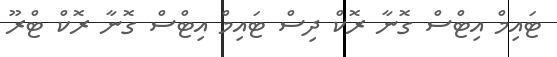
ޓައިމް އިޓްސް ގޮނާ ރޮކް ދިސް ޓައިމް އިޓްސް ގޮނާ ރޮކް ޓްރޫ